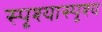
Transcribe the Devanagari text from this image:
स्पृश्‍यास्पृश्‍य